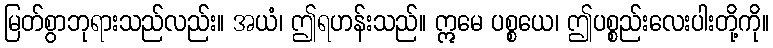
မြတ်စွာဘုရားသည်လည်း။ အယံ၊ ဤရဟန်းသည်။ ဣမေ ပစ္စယေ၊ ဤပစ္စည်းလေးပါးတို့ကို။